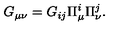
G _ { \mu \nu } = G _ { i j } \Pi _ { \mu } ^ { i } \Pi _ { \nu } ^ { j } .